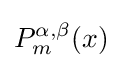
P_{m}^{\alpha ,\beta }(x)